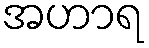
အဟာရ